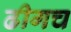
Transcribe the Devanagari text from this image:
ढीगच